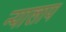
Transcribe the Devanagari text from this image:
न्यालाय